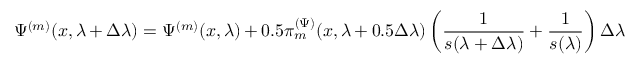
\Psi ^ { ( m ) } ( x , \lambda + \Delta \lambda ) = \Psi ^ { ( m ) } ( x , \lambda ) + 0 . 5 \pi _ { m } ^ { ( \Psi ) } ( x , \lambda + 0 . 5 \Delta \lambda ) \left( \frac { 1 } { s ( \lambda + \Delta \lambda ) } + \frac { 1 } { s ( \lambda ) } \right) \Delta \lambda